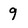
Character: 9